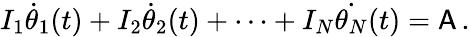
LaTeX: I_{1}\dot{\theta}_{1}(t)+I_{2}\dot{\theta}_{2}(t)+\cdots+I_{N}\dot{\theta_{N}}(t)=\mathsf{A}\, .